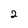
Character: 2